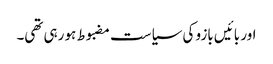
اور بائیں بازو کی سیاست مضبوط ہو رہی تھی۔